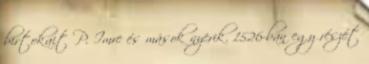
birtokait P. Imre és mások nyerik. 1526-ban egy részét